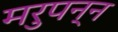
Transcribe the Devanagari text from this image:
मरुपन्न